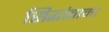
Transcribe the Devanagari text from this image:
सिद्धांताना